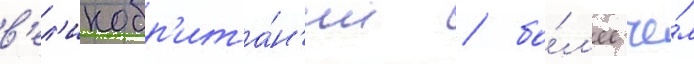
в'ел'икобр'ита́н'ии / бо́л'ее че́м